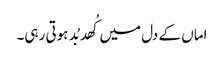
اماں کے دل میں کُھد بُد ہوتی رہی۔